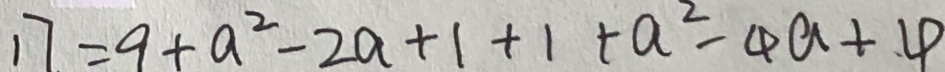
1 7 = 9 + a ^ { 2 } - 2 a + 1 + 1 + a ^ { 2 } - 4 a + 4